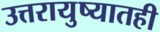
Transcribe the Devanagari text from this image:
उत्तरायुष्यातही